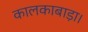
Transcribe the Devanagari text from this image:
कालकाबाड़ा।